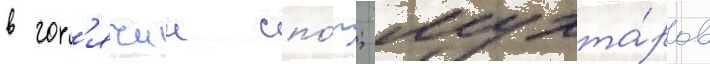
в гор'ячии спо́р; мухта́ров